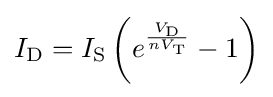
I_{\text{D}}=I_{\text{S}}\left(e^{\frac {V_{\text{D}}}{nV_{\text{T}}}}-1\right)